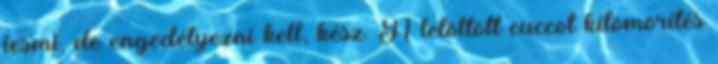
iesmi, de engedélyezni kell, kész. A letöltött cuccot kitömörítés